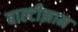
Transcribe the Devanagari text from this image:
बाल्टीझाम